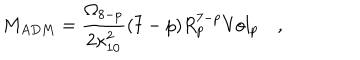
M _ { A D M } = { \frac { \Omega _ { 8 - p } } { 2 \kappa _ { 1 0 } ^ { 2 } } } ( 7 - p ) R _ { p } ^ { 7 - p } { \mathrm { V o l } } _ { p } \quad ,